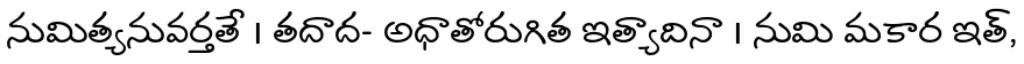
నుమిత్యనువర్తతే । తదాద- అధాతోరుగిత ఇత్యాదినా । నుమి మకార ఇత్,